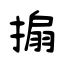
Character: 搧